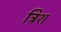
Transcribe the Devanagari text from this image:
त्रिश